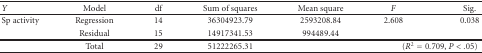
| Y | Model | df | Sum of squares | Mean square | F | Sig. |
 | --- | --- | --- | --- | --- | --- | --- |
 | Sp activity | Regression | 14 | 36304923.79 | 2593208.84 | 2.608 | 0.038 |
 |  | Residual | 15 | 14917341.53 | 994489.44 |  |  |
 |  | Total | 29 | 51222265.31 |  | <COLSPAN=2> (R2 = 0.709, P < .05) |